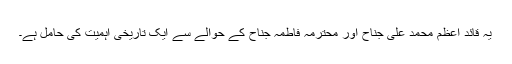
یہ قائد اعظم محمد علی جناح اور محترمہ فاطمہ جناح کے حوالے سے ایک تاریخی اہمیت کی حامل ہے۔